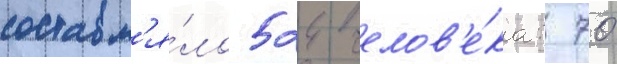
составл'я́ло 524 челов'е́ка: 70